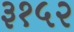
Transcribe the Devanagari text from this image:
३१५२